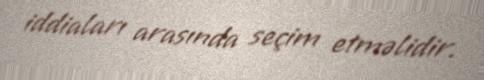
iddiaları arasında seçim etməlidir.